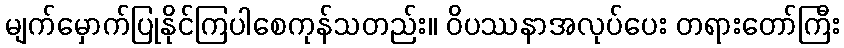
မျက်မှောက်ပြုနိုင်ကြပါစေကုန်သတည်း။ ဝိပဿနာအလုပ်ပေး တရားတော်ကြီး